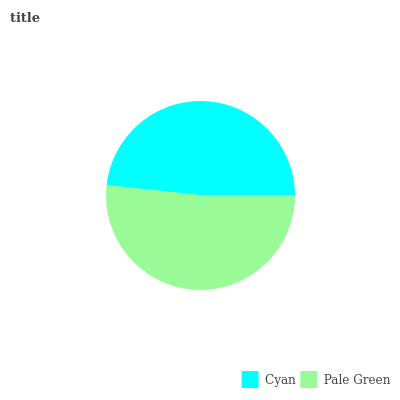
| Cyan | Pale Green |
 | --- | --- |
 | 48.2% | 51.8% |